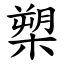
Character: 槊